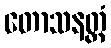
တောသနတ္ထံ